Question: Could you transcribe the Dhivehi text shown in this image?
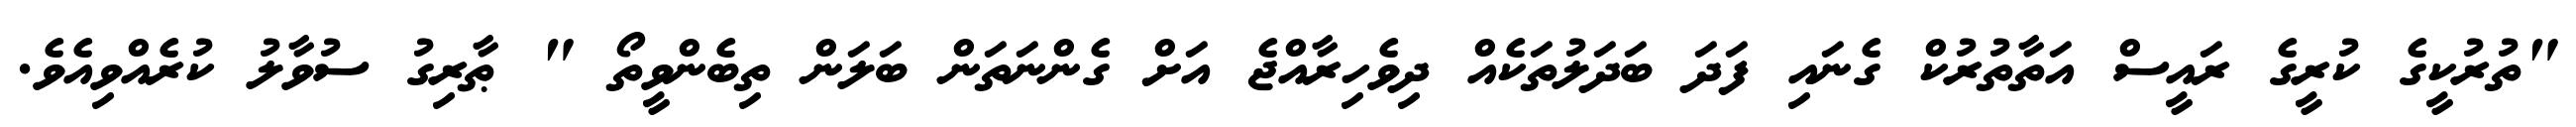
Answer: "ތުރުކީގެ ކުރީގެ ރައީސް އަތާތުރުކް ގެނައި ފަދަ ބަދަލުތަކެއް ދިވެހިރާއްޖެ އަށް ގެންނަތަން ބަލަން ތިބެންވީތޯ " ޠާރިގު ސުވާލު ކުރެއްވިއެވެ.